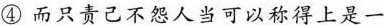
④而只责己不怨人当可以称得上是一